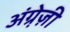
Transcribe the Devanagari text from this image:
अंग्रे़ज़ी